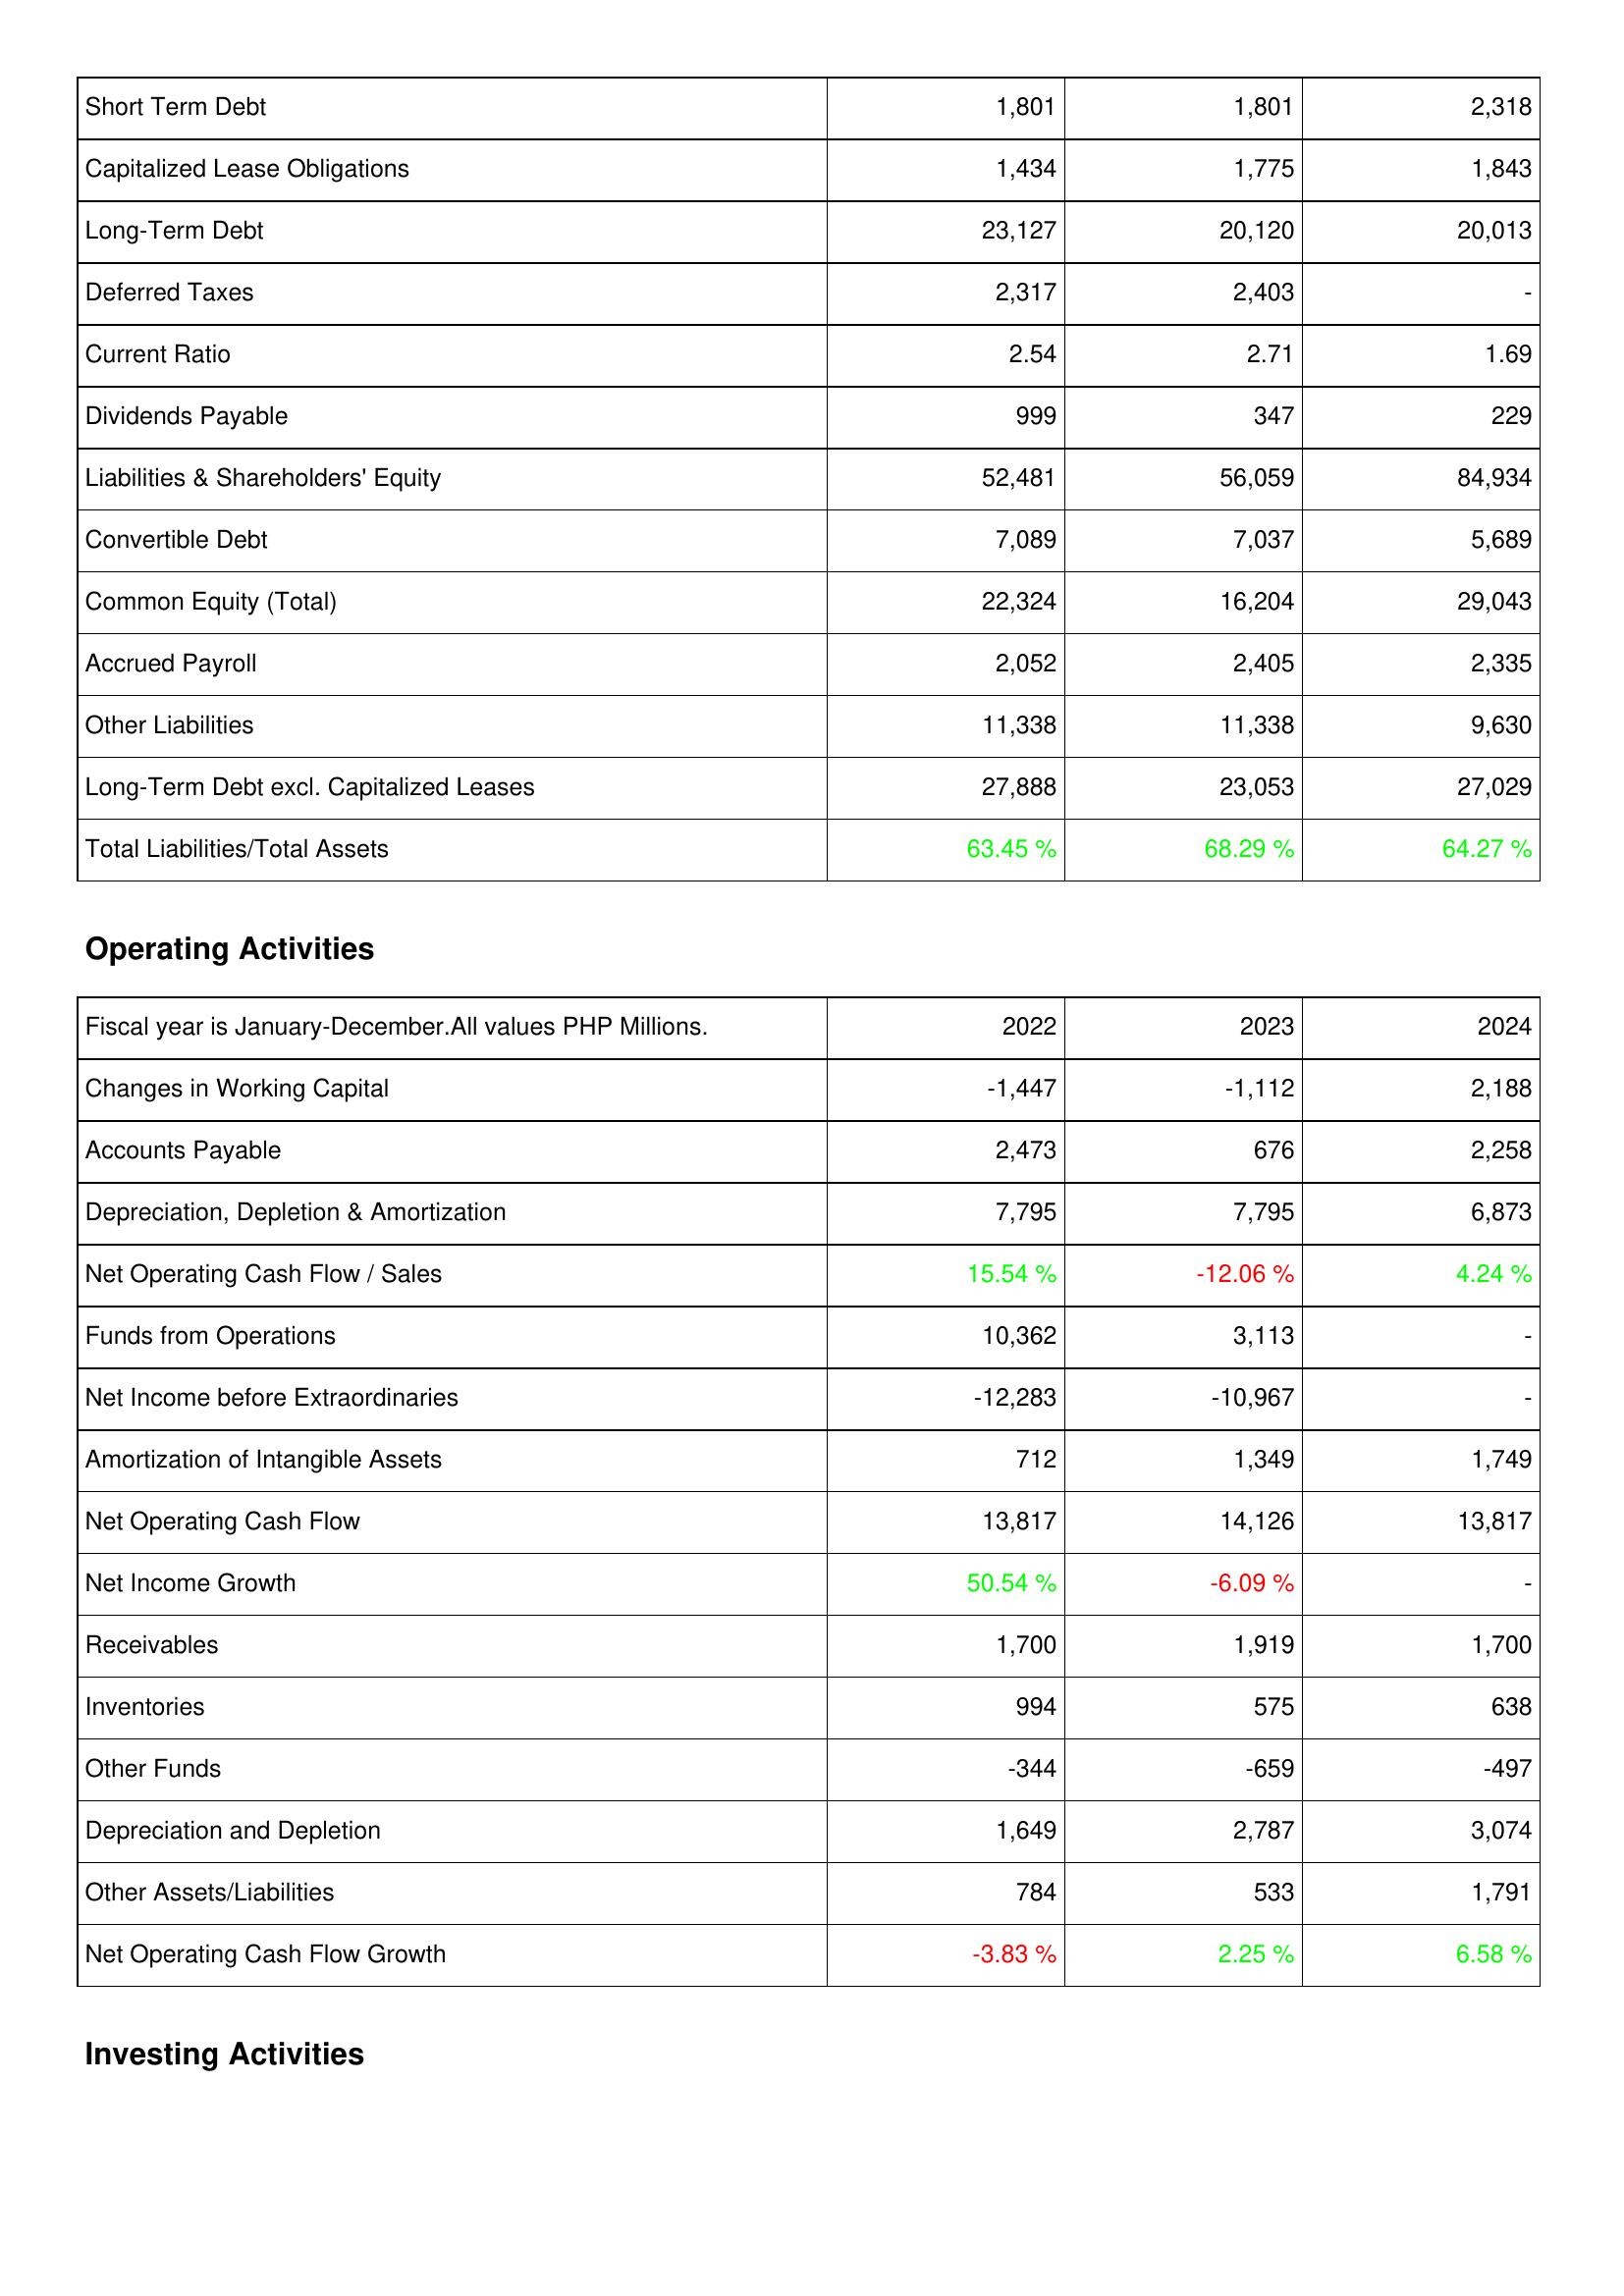
2022: Liabilities & Shareholders' Equity: Short Term Debt: 1,801
Capitalized Lease Obligations: 1,434
Long-Term Debt: 23,127
Deferred Taxes: 2,317
Current Ratio: 2.54
Dividends Payable: 999
Liabilities & Shareholders' Equity: 52,481
Convertible Debt: 7,089
Common Equity (Total): 22,324
Accrued Payroll: 2,052
Other Liabilities: 11,338
Long-Term Debt excl. Capitalized Leases: 27,888
Total Liabilities/Total Assets: 63.45 %
Operating Activities: Changes in Working Capital: -1,447
Accounts Payable: 2,473
Depreciation, Depletion & Amortization: 7,795
Net Operating Cash Flow / Sales: 15.54 %
Funds from Operations: 10,362
Net Income before Extraordinaries: -12,283
Amortization of Intangible Assets: 712
Net Operating Cash Flow: 13,817
Net Income Growth: 50.54 %
Receivables: 1,700
Inventories: 994
Other Funds: -344
Depreciation and Depletion: 1,649
Other Assets/Liabilities: 784
Net Operating Cash Flow Growth: -3.83 %
2023: Liabilities & Shareholders' Equity: Short Term Debt: 1,801
Capitalized Lease Obligations: 1,775
Long-Term Debt: 20,120
Deferred Taxes: 2,403
Current Ratio: 2.71
Dividends Payable: 347
Liabilities & Shareholders' Equity: 56,059
Convertible Debt: 7,037
Common Equity (Total): 16,204
Accrued Payroll: 2,405
Other Liabilities: 11,338
Long-Term Debt excl. Capitalized Leases: 23,053
Total Liabilities/Total Assets: 68.29 %
Operating Activities: Changes in Working Capital: -1,112
Accounts Payable: 676
Depreciation, Depletion & Amortization: 7,795
Net Operating Cash Flow / Sales: -12.06 %
Funds from Operations: 3,113
Net Income before Extraordinaries: -10,967
Amortization of Intangible Assets: 1,349
Net Operating Cash Flow: 14,126
Net Income Growth: -6.09 %
Receivables: 1,919
Inventories: 575
Other Funds: -659
Depreciation and Depletion: 2,787
Other Assets/Liabilities: 533
Net Operating Cash Flow Growth: 2.25 %
2024: Liabilities & Shareholders' Equity: Short Term Debt: 2,318
Capitalized Lease Obligations: 1,843
Long-Term Debt: 20,013
Deferred Taxes: -
Current Ratio: 1.69
Dividends Payable: 229
Liabilities & Shareholders' Equity: 84,934
Convertible Debt: 5,689
Common Equity (Total): 29,043
Accrued Payroll: 2,335
Other Liabilities: 9,630
Long-Term Debt excl. Capitalized Leases: 27,029
Total Liabilities/Total Assets: 64.27 %
Operating Activities: Changes in Working Capital: 2,188
Accounts Payable: 2,258
Depreciation, Depletion & Amortization: 6,873
Net Operating Cash Flow / Sales: 4.24 %
Funds from Operations: -
Net Income before Extraordinaries: -
Amortization of Intangible Assets: 1,749
Net Operating Cash Flow: 13,817
Net Income Growth: -
Receivables: 1,700
Inventories: 638
Other Funds: -497
Depreciation and Depletion: 3,074
Other Assets/Liabilities: 1,791
Net Operating Cash Flow Growth: 6.58 %